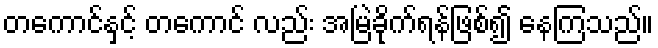
တကောင်နှင့် တကောင် လည်း အမြဲခိုက်ရန်ဖြစ်၍ နေကြသည်။